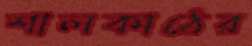
শালকাঠের